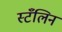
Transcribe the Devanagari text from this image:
स्टँलिन